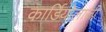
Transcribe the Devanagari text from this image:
कार्डियोलाजी